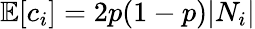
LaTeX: \mathbb{E}[c_{i}]=2p(1-p)|N_{i}|